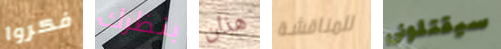
فكروا بنظرك هذان للمناقشة سيقتلوني